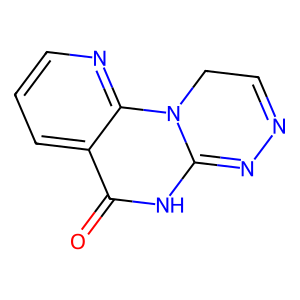
SMILES: O=C1NC2=NN=CCN2c2ncccc21
Inhibits HIV replication: No